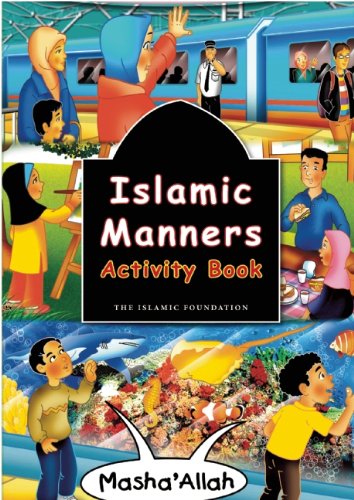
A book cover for Islamic Manners Activity Book; Fatima D'Oyen; Children's Books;